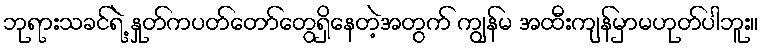
ဘုရားသခင်ရဲ့ နှုတ်ကပတ်တော်တွေရှိနေတဲ့အတွက် ကျွန်မ အထီးကျန်မှာမဟုတ်ပါဘူး။